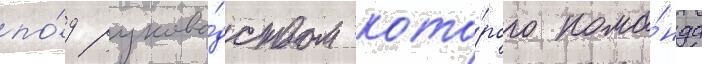
по́д руково́дством кото́рого кома́нда